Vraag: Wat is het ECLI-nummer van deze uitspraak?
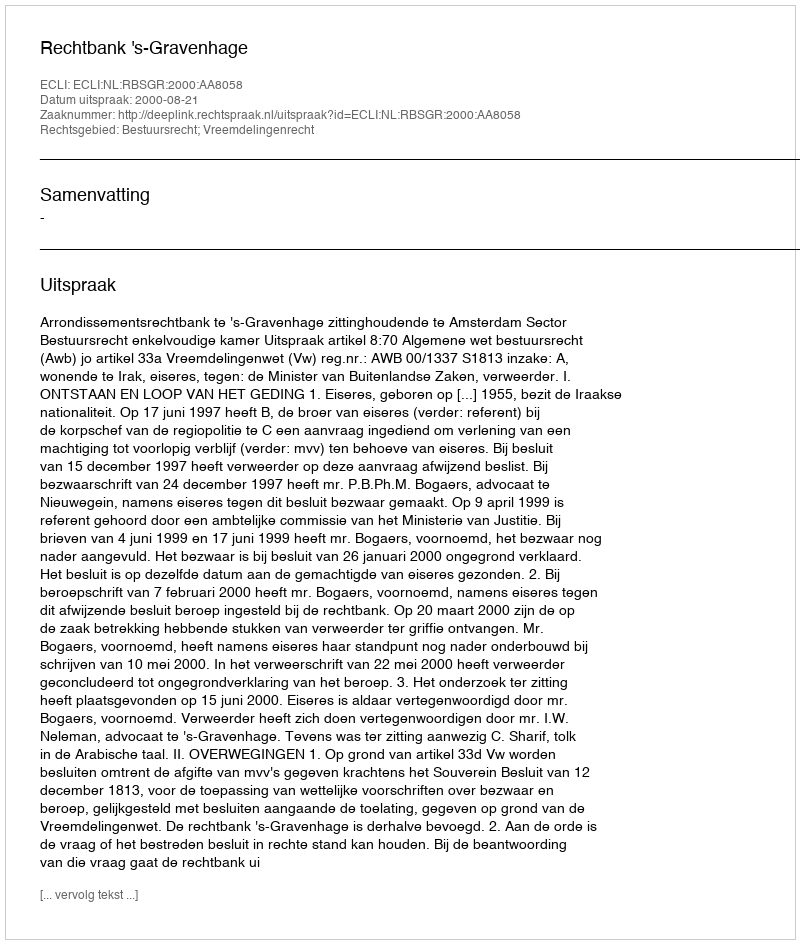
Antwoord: ECLI:NL:RBSGR:2000:AA8058